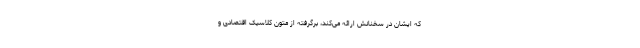
که ایشان در سخنانش ارائه می‌کند، برگرفته از متون کلاسیک اقتصادی و